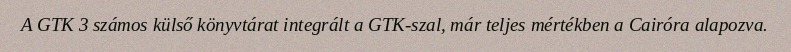
A GTK 3 számos külső könyvtárat integrált a GTK-szal, már teljes mértékben a Cairóra alapozva.